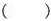
()